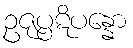
ဥဇုပ္ပဋိပန္နော